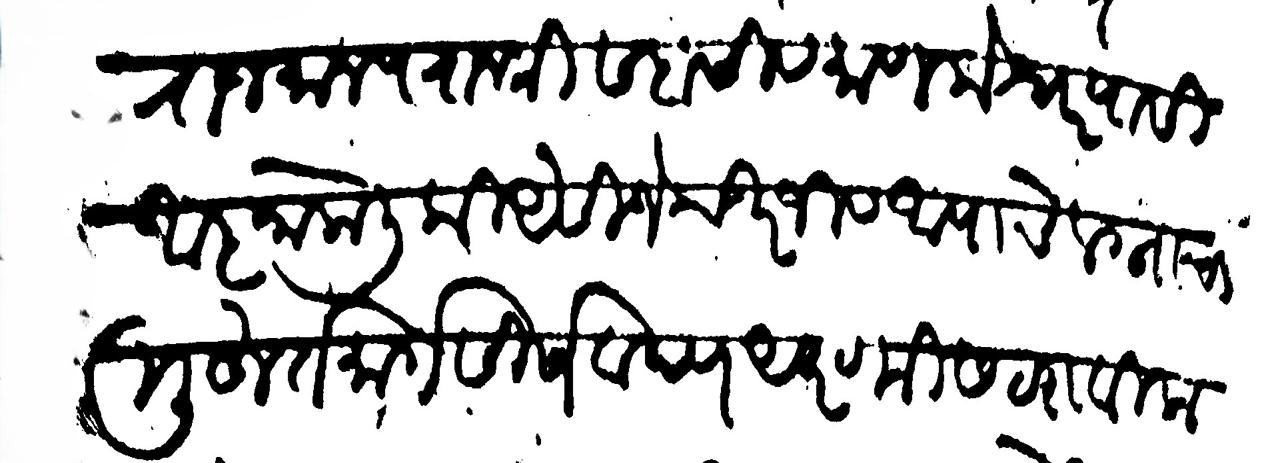
Transliteration (Devanagari): राजमान्य राजश्री सदासीव माणकेश्वर यासी आज्ञा केली की औसीजे चिरजीव आपाचे लग्नाचा मुहूर्त मार्गसीर्ष वदय अष्टमीस टराविला